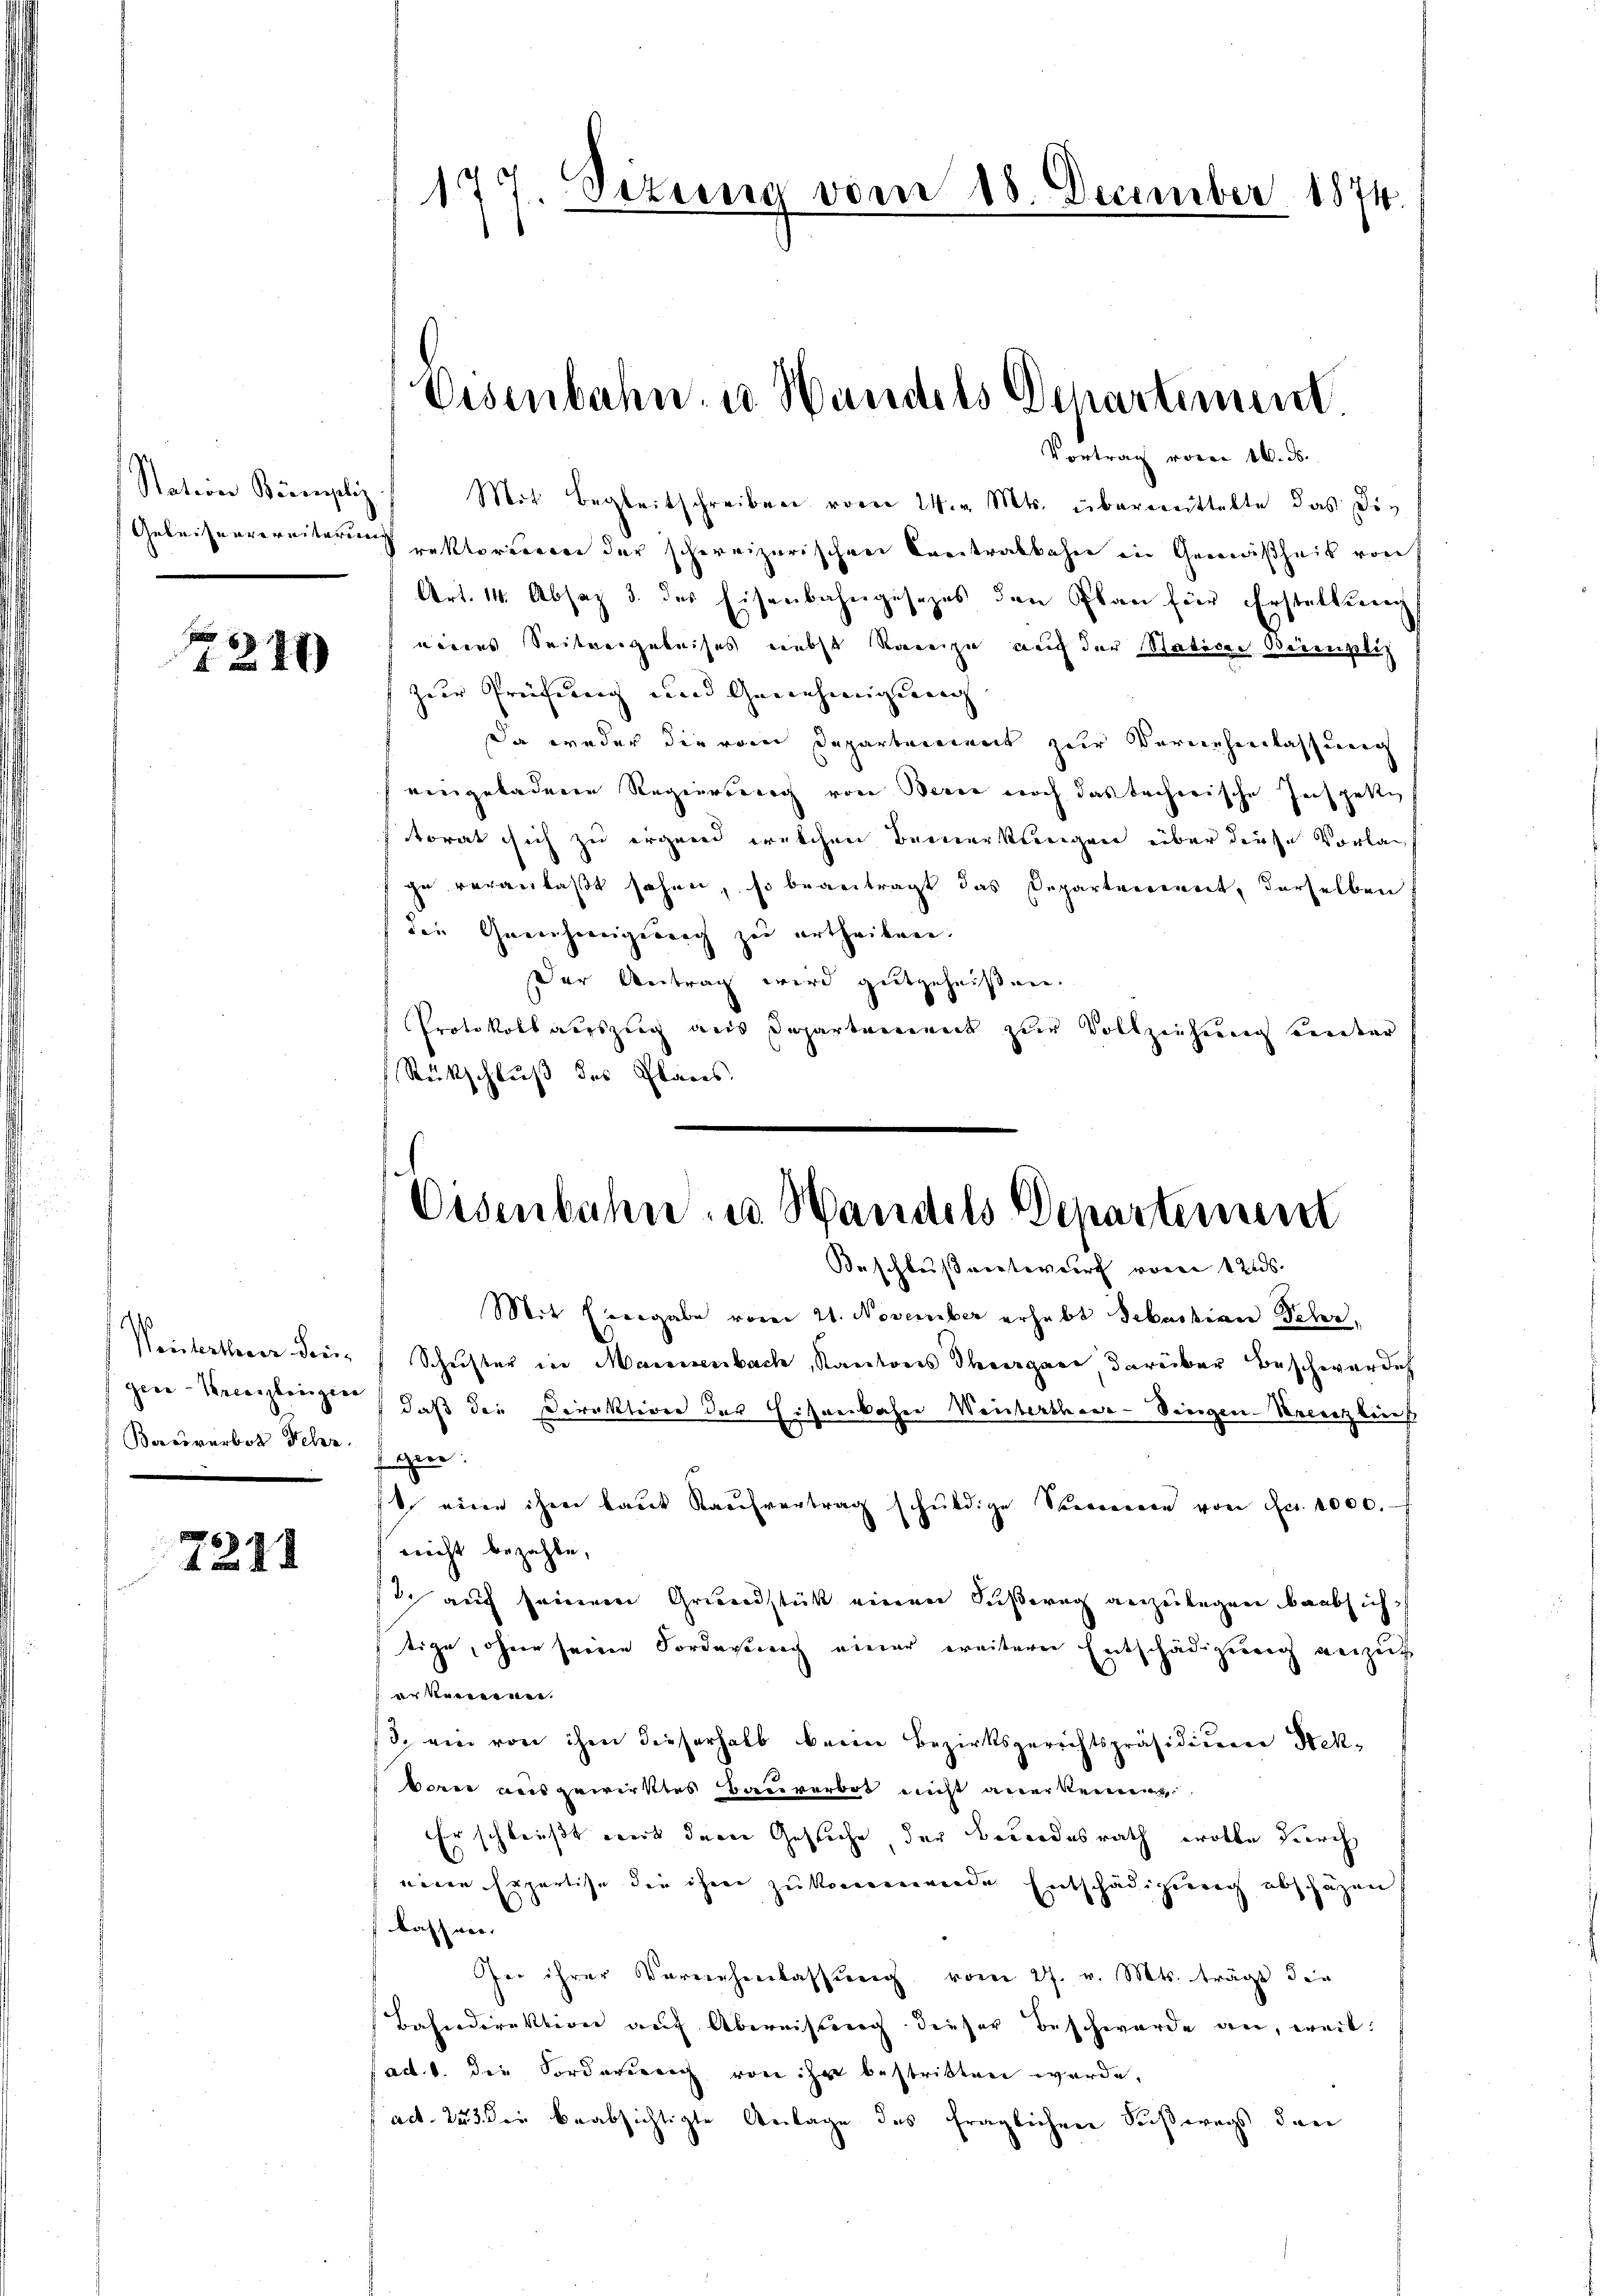
Station Brempliz

249

gice-Kreuzlingen
Boosverbot Fehr

721.

177. Sizung vom 18. December 1874.

Eisenbahn u. Handels Departiment.
Vortrag voren 16. ds.

Mit Begleitschreiben vom 24. v. Mts. übermittelte das die
Gebeiservereiterungeklorieren der schweizerischen Cretralbahn in Gemäßheit von
Art. 14. Absaz 3. des Eisenbahngesezes den Plan für Erstattung
eines Seitvergeleises nebst Kreise auch der Stativen Berenzlich
zur Prüfung und Genehmigung
Da weder die vom Departement zur Vernehmlassung
eingeladene Regierung von Berne noch das techerische Inspekti
torat sich zu irgend welchen Bemerkungen über diese Vorlag
ge veranlaßt sehen, so beantragt das Departverweit, derselben
die Greuhereigereich zu ertheilen.
Der Antrag wird gutgeheißen.
Protokoll auszug aus Departement zur Vollziehung unter
Rückschluß des Planes.

Oesenbahn- u. Handels Departement
Beschlußverteur voren 12 ds.

Mit Eingabe vom 21. November erhebt Sebastian Sehr,
Veintertherer den Schuster in Mannenbach, Kantons Thurgane darüber beschwärdich
daß die Direktion der Eisenbahne Verterthane - Siegen-Recenzkanis
gen:
st eine ihm laŭt Kaŭfvertrag schŭldige Seren von Fr. 1000.
nicht bezahle,
2. auf seinem Grundstück einen Fußweg angelegen beabsich
tige, ohnen seinen Forderung einer ereiteren Entschädigung verzieh
verkennennen.
/3. ein von ihm dieserhalb beim Bezirksgerichtspräsidium Sekbrer ausgewirktes Bauverbot nicht anerkennen.
Er schleußt werd deren Gesuche, der Besondesrath wolle durch
nenen Erpartise die ihm zukommende Entschädigung abschäzen
kassen. |
Ie ihrer Vornehmlassŭng vom 27. v. Mts. trägt die
Bahndirektion auf Abweisung dieser Beschwerde an, weil:
ad. 1. die Forderung von ihr bestritten werde,
act. Zu die beabsichtigte Anlage des fraglichen Saßwegs dann